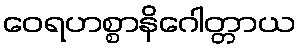
ဝေရဟစ္စာနိဂေါတ္တာယ